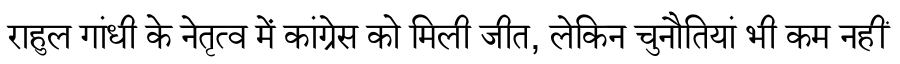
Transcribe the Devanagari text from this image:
राहुल गांधी के नेतृत्व में कांग्रेस को मिली जीत, लेकिन चुनौतियां भी कम नहीं